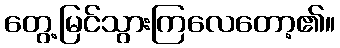
တွေ့မြင်သွားကြလေတော့၏။